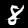
Label: 8